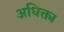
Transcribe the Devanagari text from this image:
अधिक्ता